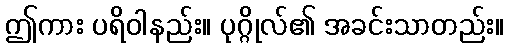
ဤကား ပရိဝါနည်း။ ပုဂ္ဂိုလ်၏ အခင်းသာတည်း။